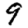
Digit: 9